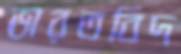
ভারতবিদ